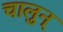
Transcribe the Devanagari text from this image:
चालुन्